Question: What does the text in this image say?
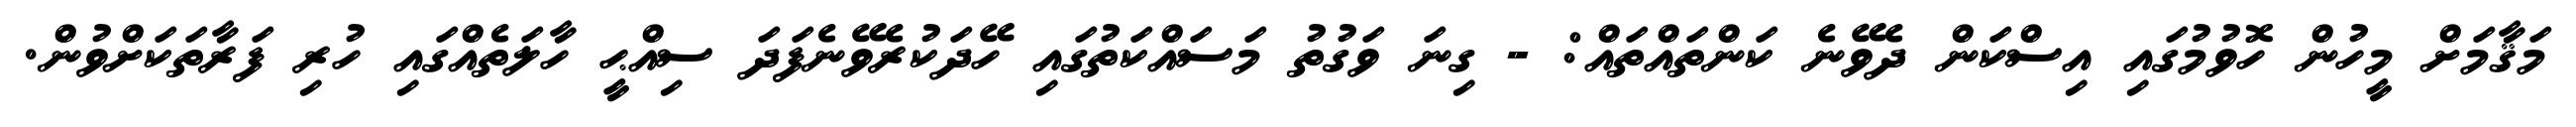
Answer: މަޤާމަށް މީހުން ހޮވުމުގައި އިސްކަން ދެވޭނެ ކަންތައްތައް: - ގިނަ ވަގުތު މަސައްކަތުގައި ހޭދަކުރެވޭނެފަދަ ސިއްޙީ ހާލަތެއްގައި ހުރި ފަރާތަކަށްވުން.